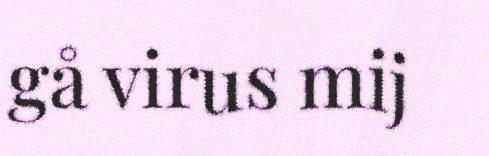
gå virus mij